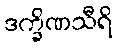
ဒက္ခိဏသီရိ